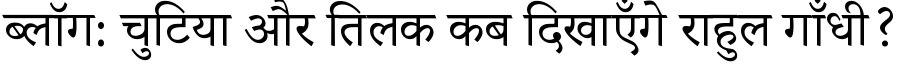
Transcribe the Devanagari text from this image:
ब्लॉग: चुटिया और तिलक कब दिखाएँगे राहुल गाँधी?